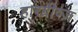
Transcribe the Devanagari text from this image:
हारग्रीव्ज़